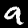
Label: 9